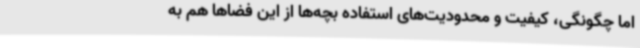
اما چگونگی، کیفیت و محدودیت‌های استفاده بچه‌ها از این فضاها هم به